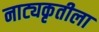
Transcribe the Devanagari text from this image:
नाट्यकृतीला